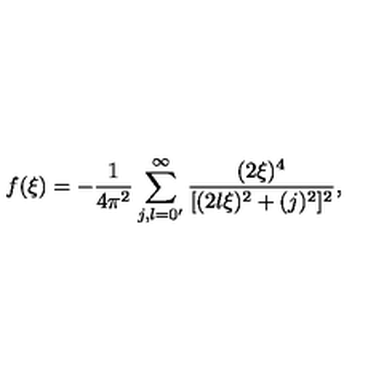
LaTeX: f ( \xi ) = - \frac { 1 } { 4 \pi ^ { 2 } } \sum _ { j , l = 0 ^ { \prime } } ^ { \infty } \frac { ( 2 \xi ) ^ { 4 } } { [ ( 2 l \xi ) ^ { 2 } + ( j ) ^ { 2 } ] ^ { 2 } } ,